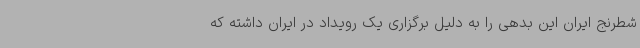
شطرنج ایران این بدهی را به دلیل برگزاری یک رویداد در ایران داشته که